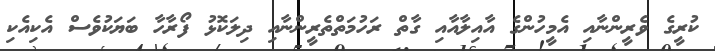
ކުރީގެ ވެރީންނާއި އެމީހުންގެ އާއިލާއާއި ގާތް ރަހުމަތްތެރީންނާއި ދިލަކޮޅު ފޯރާހާ ބަޔަކުވެސް އެކިއެކި